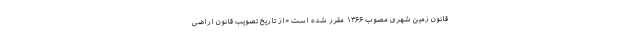
قانون زمین شهری مصوب ۱۳۶۶ مقرر شده است «از تاریخ تصویب قانون اراضی